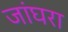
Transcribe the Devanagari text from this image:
जांघरा